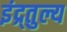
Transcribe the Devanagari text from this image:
इंद्र्तुल्य